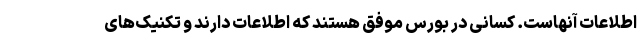
اطلاعات آنهاست. کسانی در بورس موفق هستند که اطلاعات دارند و تکنیک‌های